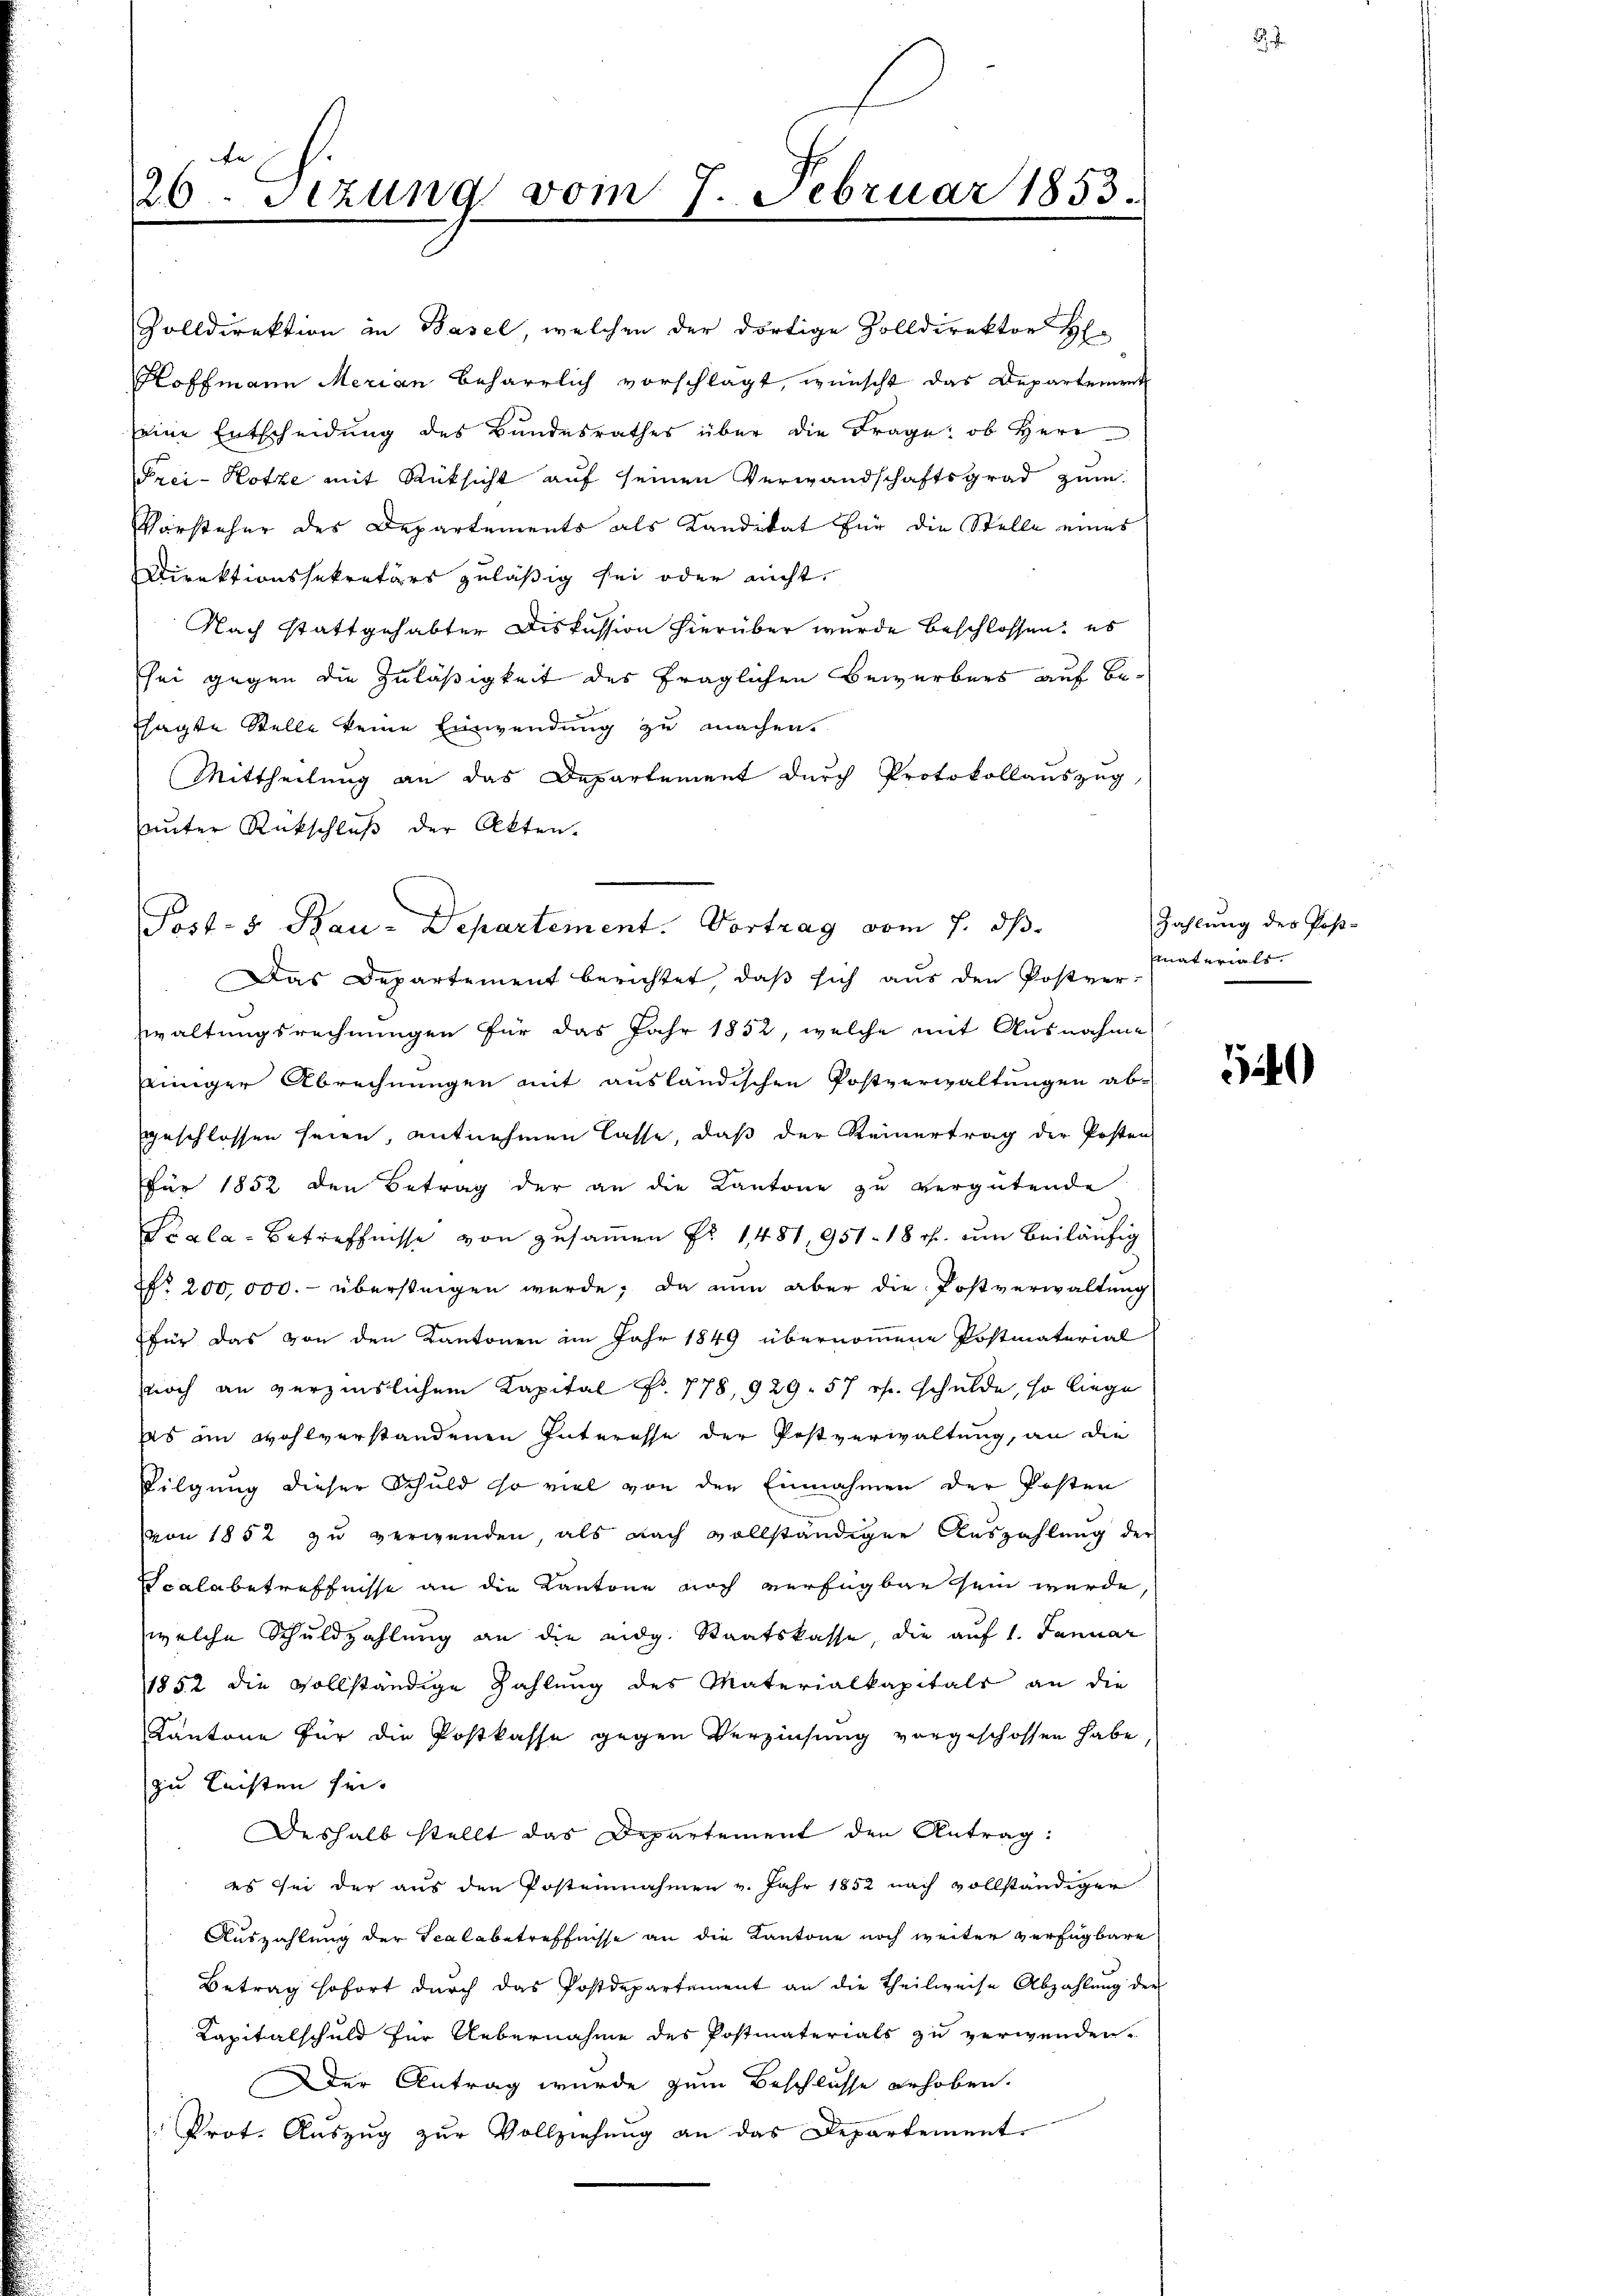
20. Sitzung vom 7. Februar 1853.

Golldirektion in Basel, welchen der dortige Zolldirektor H
Hoffmann Merian beharrlich vorschlagt, wünscht das Departement
seine Entscheidung des Bandesrathes über die Frage: ob Herr
Frei- Hotze mit Rüksicht auf seinen Verwandschaftsgrad zum
Vorsteher des Departements als Kandidat für die Stelle eines
Direktionssekretärs zuläßig sei oder nicht.
Nach stattgehabter Diskussion hierüber wurde beschlossen, es
ei gegen die Zuläßigkeit des fraglichen Bewerbers auf Besagte Stelle keine Einwendung zu machen.
Mittheilung an das Departement durch Protokollauszug
auter Rückschluß der Akten.
Das Departement berichtet, daß sich aus den Postver-
waltungsrechnungen für das Jahr 1852, welche mit Ausnahme
eeiniger Abrechnungen mit ausländischen Postverwaltungen abgeschlossen seien, entnehmen lasse, daß der Reinertrag der Posten
für 1852 den Betrag der an die Kantone zŭ vergütende
Scala-Betreffnisse von zusammen Fr. 1481, 951 - 18 rh. um beiläufig
Nr. 200,000. übersteigen wurde, da nun aber die Postverwaltung
für das von den Kantonen im Jahr 1849 übernommene Postmaterial
noch an verzinslichem Kapital Fr. 778, 929. 57 rh. schulde, so liege
as an wohlverstandenen Interesse der Postverwaltung, an die
Tilgung dieser Schuld so viel von der Einnahmen der Posten
von 1852 zu verwenden als nach vollständigen Auszahlung der
Scalabetreffnisse an die Kantone noch verfügbar sein wurde,
welche Schuldzahlung an die eidg. Staatskasse die auf 1. Januar
1852 die vollständige Zahlung des Materialkapitals an die
Kantone für die Postkasse gegen Verzinsung vorgeschossen habe
zu lachten sei.
Deshalb stellt das Departement den Antrag:
es sei der aus den Postennahmen v. Jahr 1852 nach vollständiger
Auszahlung der Scalabetreffnisse an die Kantone noch weiter verfügbare
Betrag sofort durch das Postdepartement an die Theilweise Abzahlung der
Kapitalschuld für Uebernahme des Postmaterials zu verwenden.
Der Antrag wurde zum Beschlusse erhoben.
Prot. Auszug zur Vollziehung an das Departement

Post- & Bau-Departement. Vortrag vom 7. ds.

Zahlung des Post-
materials

)